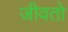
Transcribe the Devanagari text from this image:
जीवतो